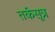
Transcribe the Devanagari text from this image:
तर्कसूत्र